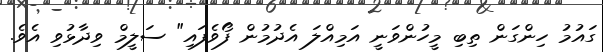
ގައުމު ހިންގަން ތިބި މީހުންވަނީ އަމިއްލަ އެދުމުން ފޯވެފައި" ސަލީމް ވިދާޅުވި އެވެ.